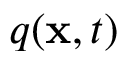
q ( \mathbf { x } , t )